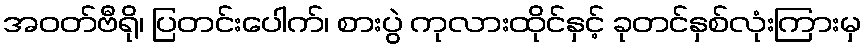
အဝတ်ဗီရို၊ ပြတင်းပေါက်၊ စားပွဲ ကုလားထိုင်နှင့် ခုတင်နှစ်လုံးကြားမှ